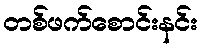
တစ်ဖက်စောင်းနင်း